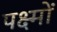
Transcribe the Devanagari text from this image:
पक्ष्मों